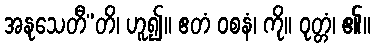
အနုသေတီ”တိ၊ ဟူ၍။ ဧတံ ဝစနံ၊ ကို။ ဝုတ္တံ၊ ၏။